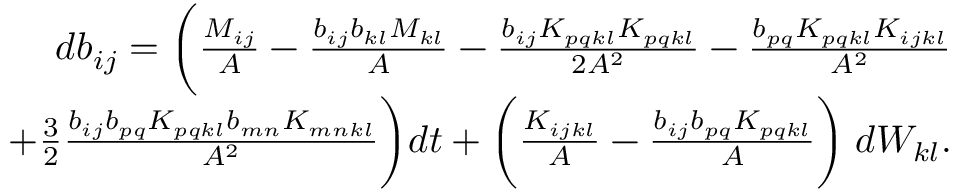
\begin{array} { r } { d b _ { i j } = \bigg ( \frac { M _ { i j } } { A } - \frac { b _ { i j } b _ { k l } M _ { k l } } { A } - \frac { b _ { i j } K _ { p q k l } K _ { p q k l } } { 2 A ^ { 2 } } - \frac { b _ { p q } K _ { p q k l } K _ { i j k l } } { A ^ { 2 } } } \\ { + \frac { 3 } { 2 } \frac { b _ { i j } b _ { p q } K _ { p q k l } b _ { m n } K _ { m n k l } } { A ^ { 2 } } \bigg ) d t + \bigg ( \frac { K _ { i j k l } } { A } - \frac { b _ { i j } b _ { p q } K _ { p q k l } } { A } \bigg ) \; d W _ { k l } . } \end{array}